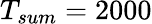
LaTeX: T_{sum}=2000